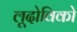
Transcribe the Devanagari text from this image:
लूदोविको